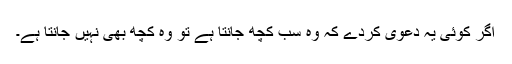
اگر کوئى یہ دعوى کردے کہ وه سب کچھ جانتا ہے تو وه کچھ بهى نہیں جانتا ہے۔